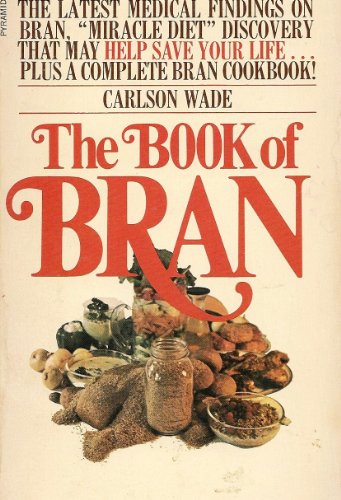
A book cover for The book of bran; Carlson Wade; Health, Fitness & Dieting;